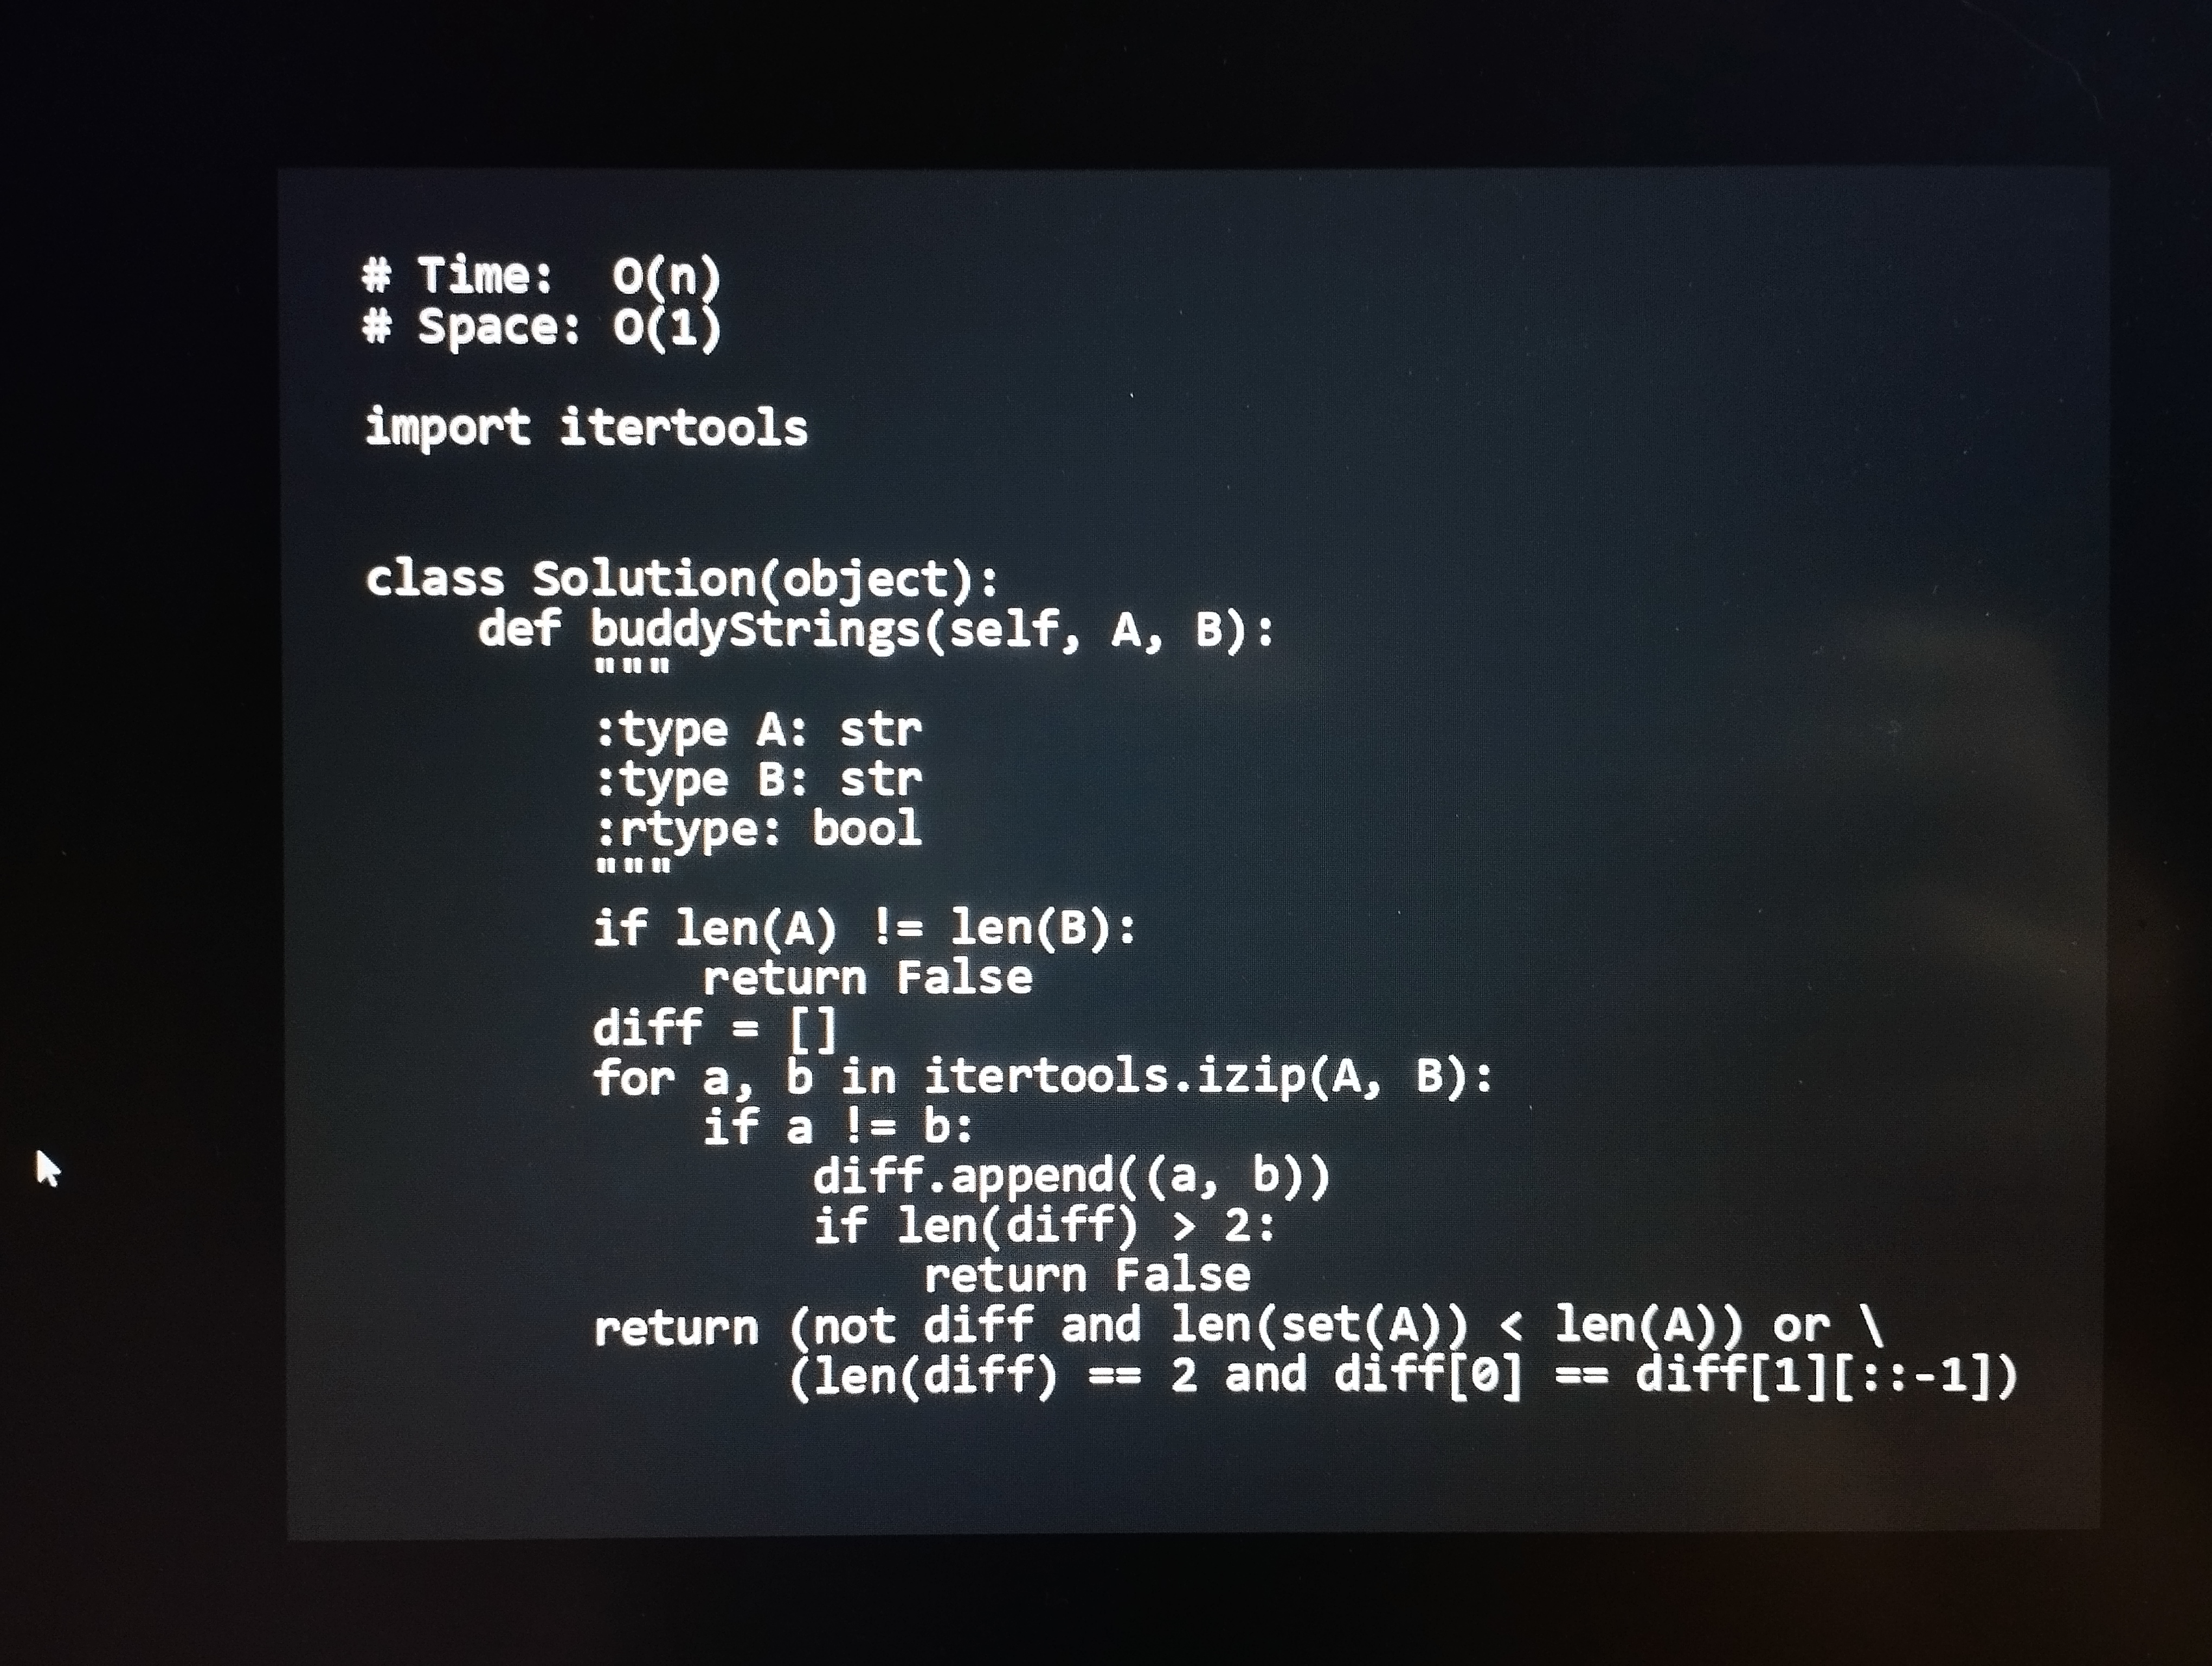
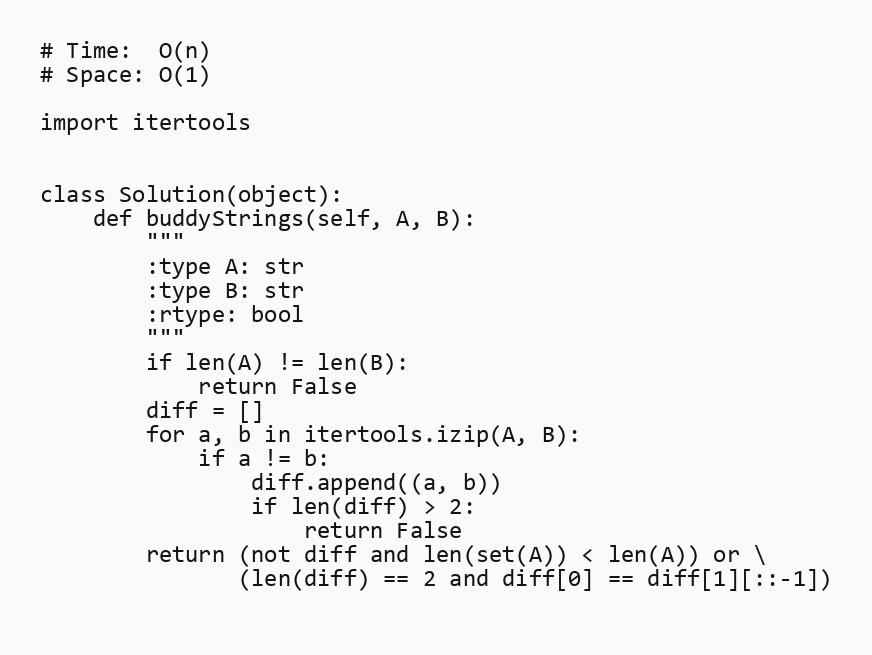
# Time:  O(n)
# Space: O(1)

import itertools

class Solution(object):
    def buddyStrings(self, A, B):
        """
        :type A: str
        :type B: str
        :rtype: bool
        """
        if len(A) != len(B):
            return False
        diff = []
        for a, b in itertools.izip(A, B):
            if a != b:
                diff.append((a, b))
                if len(diff) > 2:
                    return False
        return (not diff and len(set(A)) < len(A)) or \
               (len(diff) == 2 and diff[0] == diff[1][::-1])